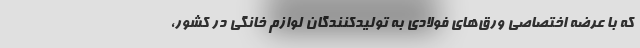
که با عرضه اختصاصی ورق‌های فولادی به تولیدکنندگان لوازم خانگی در کشور،